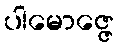
ပါမောဇ္ဇေ